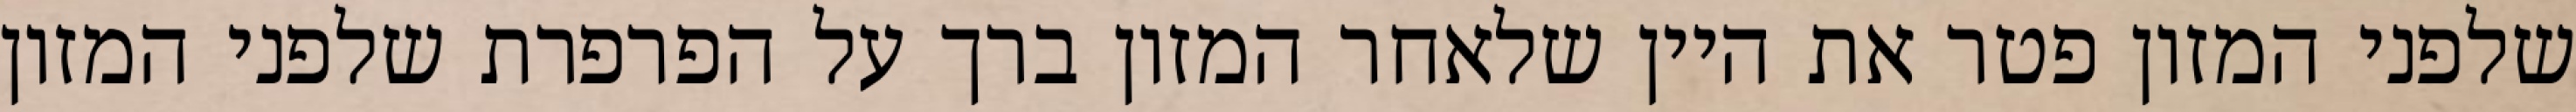
שלפני המזון פטר את היין שלאחר המזון ברך על הפרפרת שלפני המזון